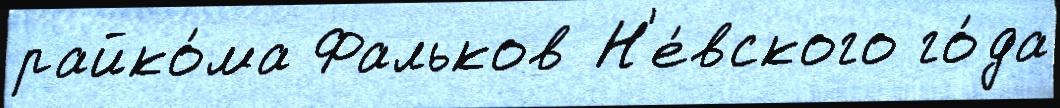
райко́ма Фальков Н'е́вского го́да